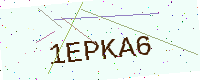
Text: 1EPKA6